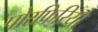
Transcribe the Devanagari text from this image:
पोरफिरियो